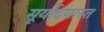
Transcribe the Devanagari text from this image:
सूर्योदयास्त